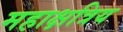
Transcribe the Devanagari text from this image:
महाक्षत्रिय